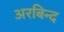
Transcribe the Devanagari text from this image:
अरबिन्द